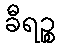
ခီရဉ္စ